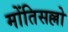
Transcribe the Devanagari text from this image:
मोंतिसल्लो